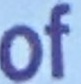
of